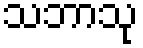
သဘာသု